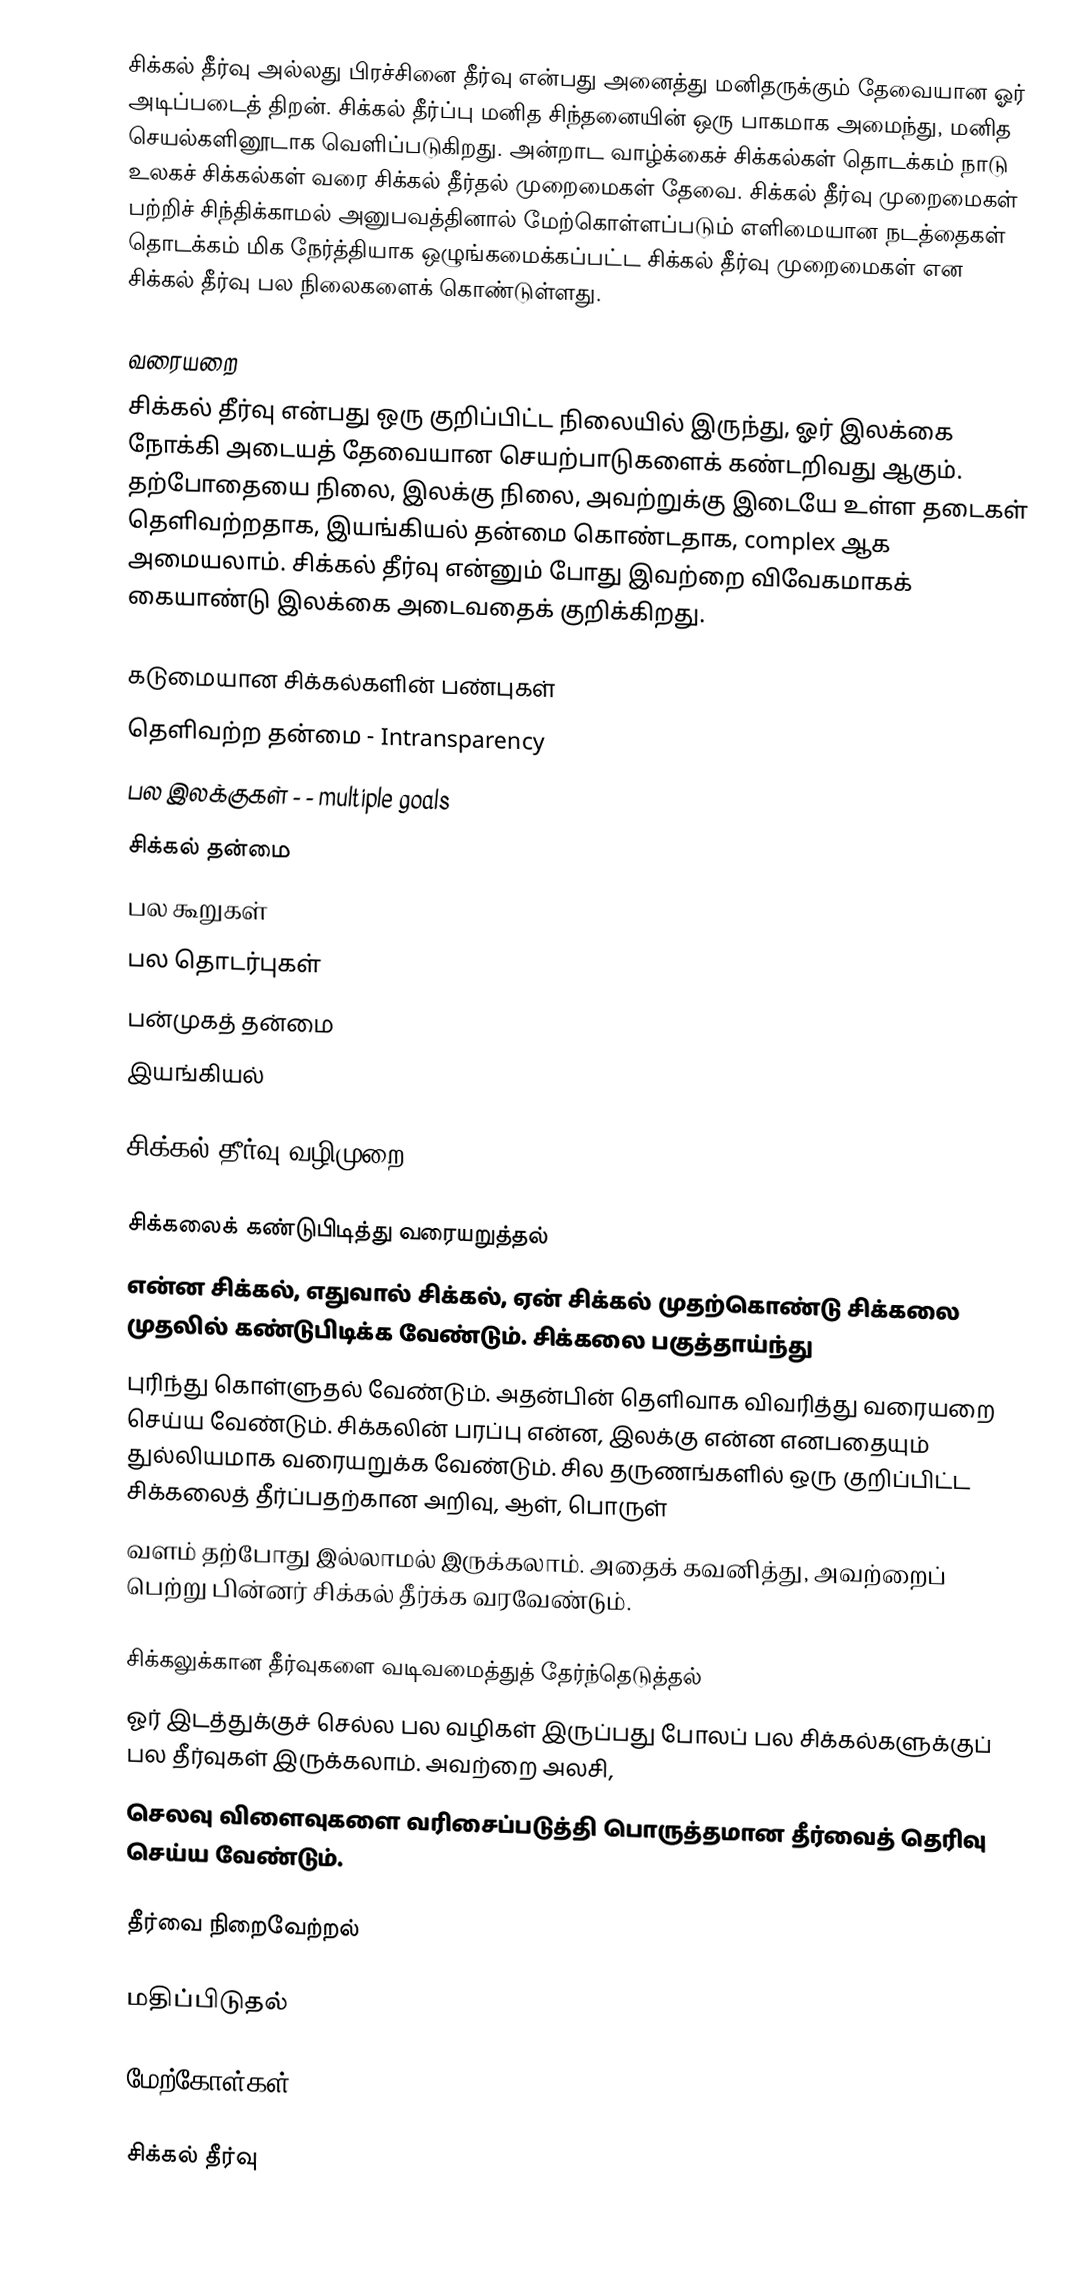
சிக்கல் தீர்வு அல்லது பிரச்சினை தீர்வு என்பது அனைத்து மனிதருக்கும் தேவையான ஓர் அடிப்படைத் திறன். சிக்கல் தீர்ப்பு மனித சிந்தனையின் ஒரு பாகமாக அமைந்து, மனித செயல்களினூடாக வெளிப்படுகிறது. அன்றாட வாழ்க்கைச் சிக்கல்கள் தொடக்கம் நாடு உலகச் சிக்கல்கள் வரை சிக்கல் தீர்தல் முறைமைகள் தேவை. சிக்கல் தீர்வு முறைமைகள் பற்றிச் சிந்திக்காமல் அனுபவத்தினால் மேற்கொள்ளப்படும் எளிமையான நடத்தைகள் தொடக்கம் மிக நேர்த்தியாக ஒழுங்கமைக்கப்பட்ட சிக்கல் தீர்வு முறைமைகள் என சிக்கல் தீர்வு பல நிலைகளைக் கொண்டுள்ளது.

வரையறை
சிக்கல் தீர்வு என்பது ஒரு குறிப்பிட்ட நிலையில் இருந்து, ஓர் இலக்கை நோக்கி அடையத் தேவையான செயற்பாடுகளைக் கண்டறிவது ஆகும். தற்போதையை நிலை, இலக்கு நிலை, அவற்றுக்கு இடையே உள்ள தடைகள் தெளிவற்றதாக, இயங்கியல் தன்மை கொண்டதாக, complex ஆக அமையலாம். சிக்கல் தீர்வு என்னும் போது இவற்றை விவேகமாகக் கையாண்டு இலக்கை அடைவதைக் குறிக்கிறது.

கடுமையான சிக்கல்களின் பண்புகள்
 தெளிவற்ற தன்மை - Intransparency
 பல இலக்குகள் - - multiple goals
 சிக்கல் தன்மை
 பல கூறுகள்
 பல தொடர்புகள்
 பன்முகத் தன்மை
 இயங்கியல்

சிக்கல் தீர்வு வழிமுறை

சிக்கலைக் கண்டுபிடித்து வரையறுத்தல்
என்ன சிக்கல், எதுவால் சிக்கல், ஏன் சிக்கல் முதற்கொண்டு சிக்கலை முதலில் கண்டுபிடிக்க வேண்டும். சிக்கலை பகுத்தாய்ந்து
புரிந்து கொள்ளுதல் வேண்டும். அதன்பின் தெளிவாக விவரித்து வரையறை செய்ய வேண்டும். சிக்கலின் பரப்பு என்ன, இலக்கு என்ன எனபதையும் துல்லியமாக வரையறுக்க வேண்டும். சில தருணங்களில் ஒரு குறிப்பிட்ட சிக்கலைத் தீர்ப்பதற்கான அறிவு, ஆள், பொருள்
வளம் தற்போது இல்லாமல் இருக்கலாம். அதைக் கவனித்து, அவற்றைப் பெற்று பின்னர் சிக்கல் தீர்க்க வரவேண்டும்.

சிக்கலுக்கான தீர்வுகளை வடிவமைத்துத் தேர்ந்தெடுத்தல்
ஓர் இடத்துக்குச் செல்ல பல வழிகள் இருப்பது போலப் பல சிக்கல்களுக்குப் பல தீர்வுகள் இருக்கலாம். அவற்றை அலசி,
செலவு விளைவுகளை வரிசைப்படுத்தி பொருத்தமான தீர்வைத் தெரிவு செய்ய வேண்டும்.

தீர்வை நிறைவேற்றல்

மதிப்பிடுதல்

மேற்கோள்கள்

சிக்கல் தீர்வு